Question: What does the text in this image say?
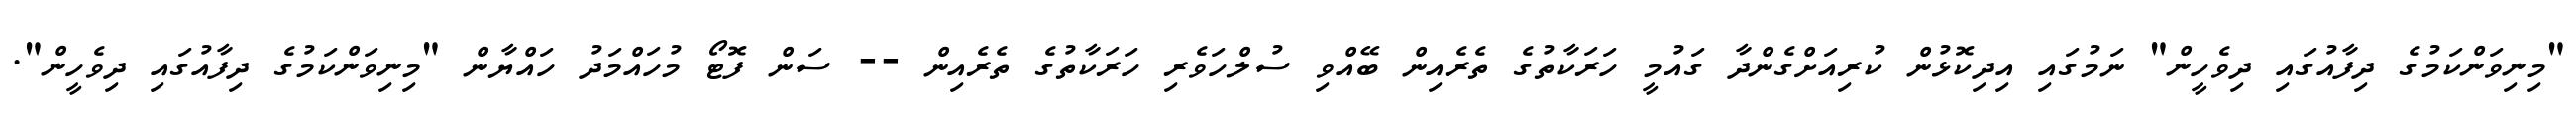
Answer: "މިނިވަންކަމުގެ ދިފާއުގައި ދިވެހީން" ނަމުގައި އިދިކޮޅުން ކުރިއަށްގެންދާ ގައުމީ ހަރަކާތުގެ ތެރެއިން ބޭއްވި ސުލްހަވެރި ހަރަކާތުގެ ތެރެއިން -- ސަން ފޮޓޯ މުހައްމަދު ހައްޔާން "މިނިވަންކަމުގެ ދިފާއުގައި ދިވެހީން".